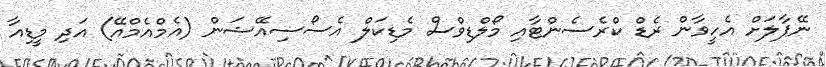
ނޭޕާލަށް އެހީވާން ރެޑް ކްރެސެންޓާއި މޯލްޑިވްސް މެޑިކަލް އެސޯސިއޭޝަން (އެމްއެމްއޭ) އަދި މީޑިއާ